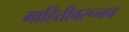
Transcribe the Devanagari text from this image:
माहितीवरूनच